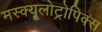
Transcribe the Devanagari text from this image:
मस्क्यूलोट्रोपिक्स